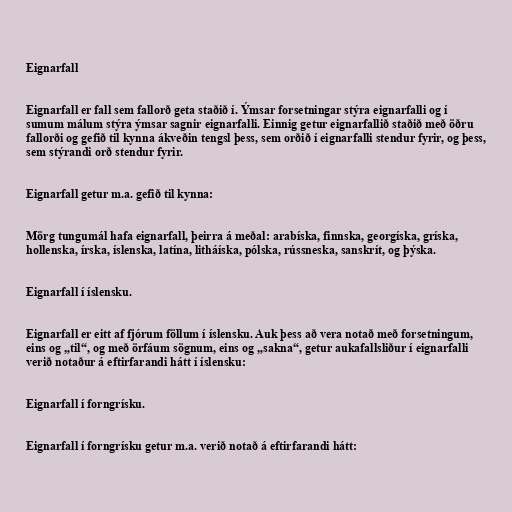
Eignarfall

Eignarfall er fall sem fallorð geta staðið í. Ýmsar forsetningar stýra eignarfalli og í
sumum málum stýra ýmsar sagnir eignarfalli. Einnig getur eignarfallið staðið með öðru
fallorði og gefið til kynna ákveðin tengsl þess, sem orðið í eignarfalli stendur fyrir, og þess,
sem stýrandi orð stendur fyrir.

Eignarfall getur m.a. gefið til kynna:

Mörg tungumál hafa eignarfall, þeirra á meðal: arabíska, finnska, georgíska, gríska,
hollenska, írska, íslenska, latína, litháíska, pólska, rússneska, sanskrít, og þýska.

Eignarfall í íslensku.

Eignarfall er eitt af fjórum föllum í íslensku. Auk þess að vera notað með forsetningum,
eins og „til“, og með örfáum sögnum, eins og „sakna“, getur aukafallsliður í eignarfalli
verið notaður á eftirfarandi hátt í íslensku:

Eignarfall í forngrísku.

Eignarfall í forngrísku getur m.a. verið notað á eftirfarandi hátt: